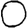
Digit: 0